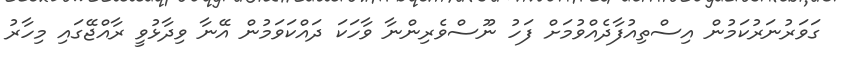
ގަވަރުނަރުކަމުން އިސްތިއުފާދެއްވުމަށް ފަހު ނޫސްވެރިންނާ ވާހަކަ ދައްކަވަމުން އޭނާ ވިދާޅުވީ ރާއްޖޭގައި މިހާރު